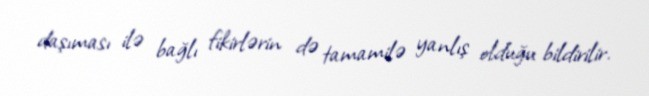
daşıması ilə bağlı fikirlərin də tamamilə yanlış olduğu bildirilir.